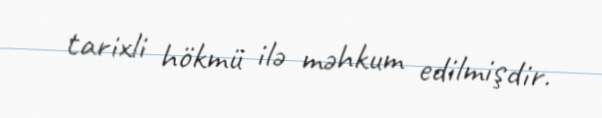
tarixli hökmü ilə məhkum edilmişdir.